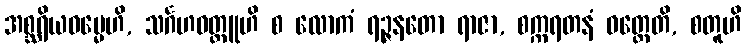
အစ္ဆရိယဓမ္မေဟိ, သင်္ဂဟဝတ္ထူဟိ စ လောကံ ရဉ္ဇနတော ရာဇာ, စက္ကရတနံ ဝတ္တေတိ, စတူဟိ